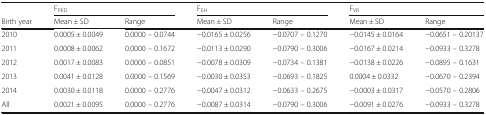
<table><thead><tr><td></td><td colspan="2"><b>F<sub>PED</sub></b></td><td colspan="2"><b>F<sub>EH</sub></b></td><td colspan="2"><b>F<sub>VR</sub></b></td></tr><tr><td><b>Birth year</b></td><td><b>Mean ± SD</b></td><td><b>Range</b></td><td><b>Mean ± SD</b></td><td><b>Range</b></td><td><b>Mean ± SD</b></td><td><b>Range</b></td></tr></thead><tbody><tr><td>2010</td><td>0.0005 ± 0.0049</td><td>0.0000 – 0.0744</td><td>−0.0165 ± 0.0256</td><td>−0.0707 – 0.1270</td><td>−0.0145 ± 0.0164</td><td>−0.0651 – 0.20137</td></tr><tr><td>2011</td><td>0.0008 ± 0.0062</td><td>0.0000 – 0.1672</td><td>−0.0113 ± 0.0290</td><td>−0.0790 – 0.3006</td><td>−0.0167 ± 0.0214</td><td>−0.0933 – 0.3278</td></tr><tr><td>2012</td><td>0.0017 ± 0.0083</td><td>0.0000 – 0.0851</td><td>−0.0078 ± 0.0309</td><td>−0.0734 – 0.1381</td><td>−0.0138 ± 0.0226</td><td>−0.0895 – 0.1631</td></tr><tr><td>2013</td><td>0.0041 ± 0.0128</td><td>0.0000 – 0.1569</td><td>−0.0030 ± 0.0353</td><td>−0.0693 – 0.1825</td><td>0.0004 ± 0.0332</td><td>−0.0670 – 0.2394</td></tr><tr><td>2014</td><td>0.0030 ± 0.0118</td><td>0.0000 – 0.2776</td><td>−0.0047 ± 0.0312</td><td>−0.0633 – 0.2675</td><td>−0.0003 ± 0.0317</td><td>−0.0570 – 0.2806</td></tr><tr><td>All</td><td>0.0021 ± 0.0095</td><td>0.0000 – 0.2776</td><td>−0.0087 ± 0.0314</td><td>−0.0790 – 0.3006</td><td>−0.0091 ± 0.0276</td><td>−0.0933 – 0.3278</td></tr></tbody></table>